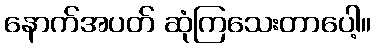
နောက်အပတ် ဆုံကြသေးတာပေါ့။